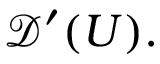
{ \mathcal { D } } ^ { \prime } ( U ) .